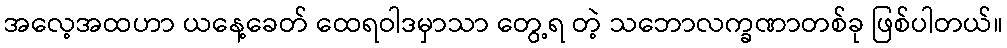
အလေ့အထဟာ ယနေ့ခေတ် ထေရဝါဒမှာသာ တွေ့ရ တဲ့ သဘောလက္ခဏာတစ်ခု ဖြစ်ပါတယ်။